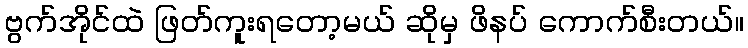
ဗွက်အိုင်ထဲ ဖြတ်ကူးရတော့မယ် ဆိုမှ ဖိနပ် ကောက်စီးတယ်။